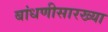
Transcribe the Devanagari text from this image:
बांधणीसारख्या